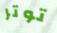
توتر